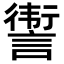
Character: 𬣀